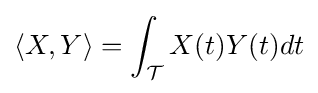
\langle X,Y\rangle =\int _{\mathcal {T}}X(t)Y(t)dt